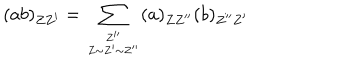
LaTeX: ( a b ) _ { Z Z ^ { \prime } } = \sum _ { { Z ^ { \prime \prime } } \atop { Z \sim Z ^ { \prime } \sim Z ^ { \prime \prime } } } ( a ) _ { Z Z ^ { \prime \prime } } ( b ) _ { Z ^ { \prime \prime } Z ^ { \prime } }